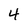
Character: 4